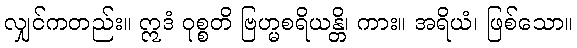
လျှင်ကတည်း။ ဣဒံ ဝုစ္စတိ ဗြဟ္မစရိယန္တိ၊ ကား။ အရိယံ၊ ဖြစ်သော။